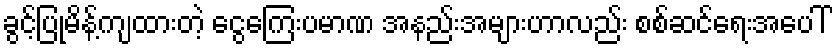
ခွင့်ပြုမိန့်ကျထားတဲ့ ငွေကြေးပမာဏ အနည်းအများဟာလည်း စစ်ဆင်ရေးအပေါ်